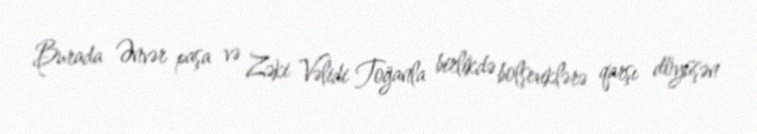
Burada Ənvər paşa və Zəki Vəlidi Toğanla birlikdə bolşeviklərə qarşı döyüşən